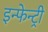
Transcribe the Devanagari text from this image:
इन्फेन्ट्री